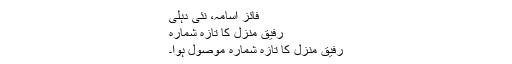
فائز اسامہ، نئی دہلی
رفیق منزل کا تازہ شمارہ
رفیق منزل کا تازہ شمارہ موصول ہوا۔